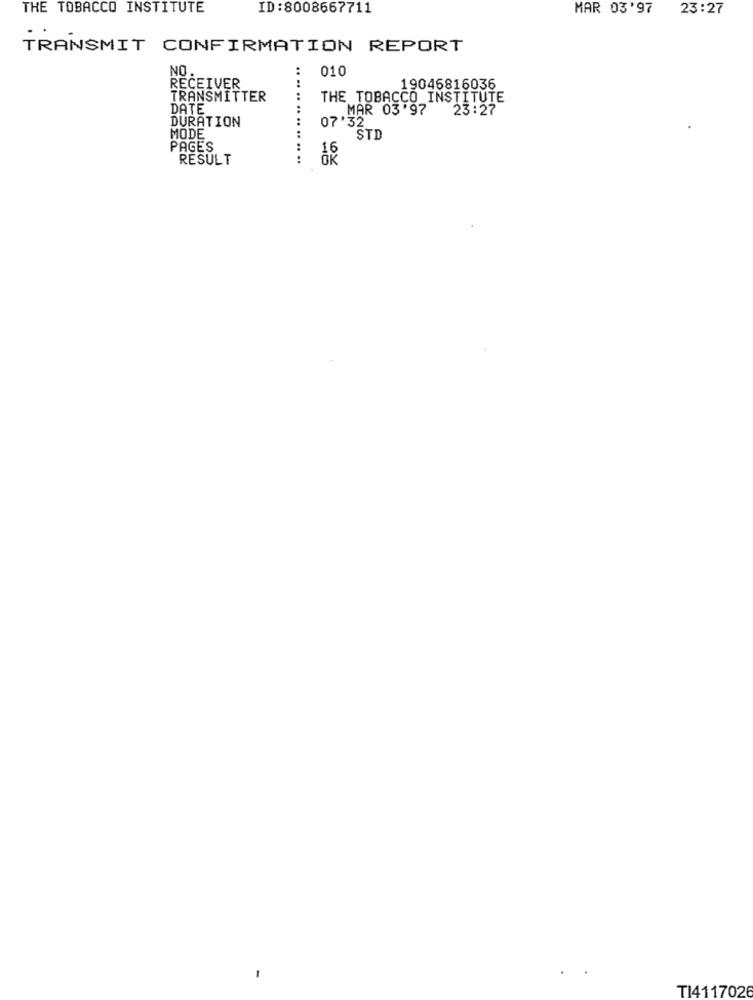
THE TOBACCO INSTITUTE
ID:8008667711
MAR 03'97
23:27
TRANSMIT CONFIRMATION REPORT
NO.
010
RECEIVER
19046816036
TRANSMITTER
THE TOBACCO INSTITUTE
DATE_
MAR 03'97
23:27
DURATION
07'32
MODE
STD
PAGES
RESULT
...... .. .. .. .. ..
OK
-
TI4117026